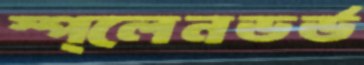
স্প্লেনডর্ড